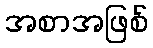
အစာအဖြစ်